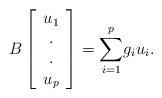
LaTeX: \begin{align*}B\left[\begin{array}{c}u_{1} \\. \\. \\u_{p}\end{array}\right] =\overset{p}{\underset{i=1}{\sum }}g_{i}u_{i}.\end{align*}